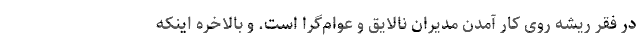
در فقر ریشه روی کار آمدن مدیران نالایق و عوام‌گرا است. و بالاخره اینکه